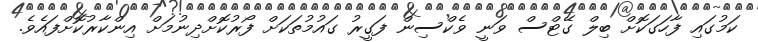
ކަމުގައި ފާހަގަކޮށް ބިލް ގޭޓްސް ވަނީ ވެކްސިން ފަގީރު ގައުމުތަކަށް ފޯރުކޮށްދިނުމަށް އިންކާރުކޮށްފައެވެ.